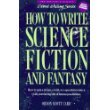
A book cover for How to Write Science Fiction and Fantasy writers digest genre writing series 1990 hardback how to spin a dream a wish or a speculation into a vivid convincing tale of human possibilities; Orson Scott Card; Science Fiction & Fantasy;